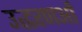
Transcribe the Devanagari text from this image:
उद्धरणओं